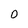
Character: O